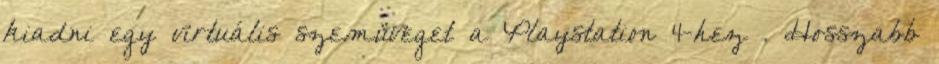
kiadni egy virtuális szemüveget a Playstation 4-hez . Hosszabb